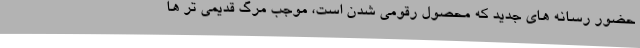
حضور رسانه های جدید که محصول رقومی شدن است، موجب مرگ قدیمی تر ها